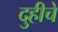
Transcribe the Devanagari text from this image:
दुहीचे